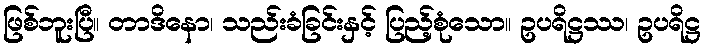
ဖြစ်ဘူးပြီ။ တာဒိနော၊ သည်းခံခြင်းနှင့် ပြည့်စုံသော။ ဥပရိဋ္ဌဿ၊ ဥပရိဋ္ဌ